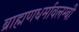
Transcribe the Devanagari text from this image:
ब्राह्मणधर्मावलम्बी